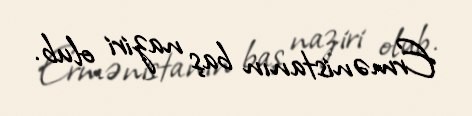
Ermənistanın baş naziri olub.